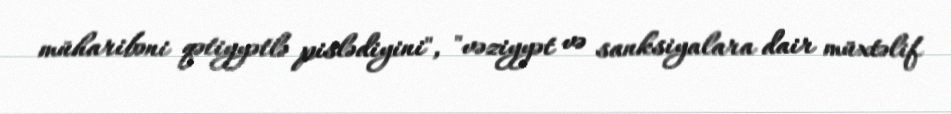
müharibəni qətiyyətlə pislədiyini", "vəziyyət və sanksiyalara dair müxtəlif